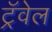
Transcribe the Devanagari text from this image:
ट्रॅवेल